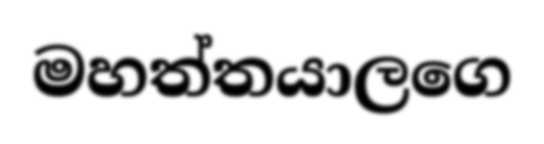
මහත්තයාලගෙ